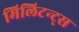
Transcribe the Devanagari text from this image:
मिलिटन्ट्स